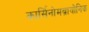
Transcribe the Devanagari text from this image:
कार्सिनोमब्रायोनिक